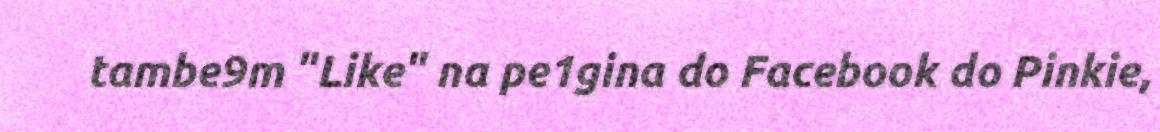
tambe9m "Like" na pe1gina do Facebook do Pinkie,